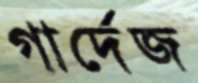
গার্দেজ